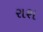
રાશ